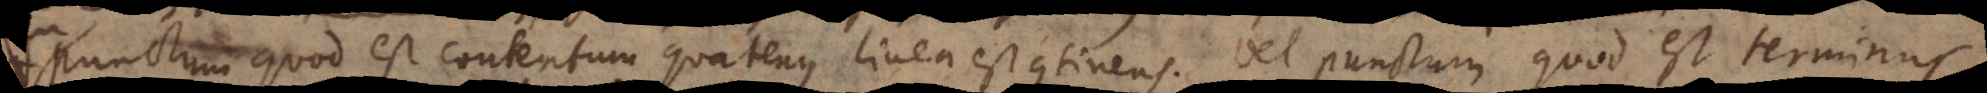
punctum quod est contentum quatenus linea est continens. Vel punctum quod est terminus,